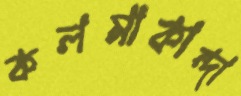
কলমাকান্দা